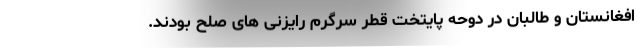
افغانستان و طالبان در دوحه پایتخت قطر سرگرم رایزنی های صلح بودند.